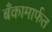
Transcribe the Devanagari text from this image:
बँकामार्फत